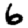
Digit: 6